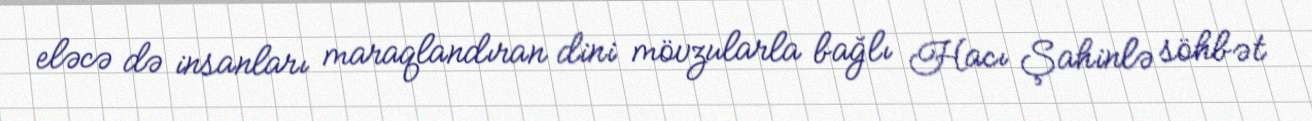
eləcə də insanları maraqlandıran dini mövzularla bağlı Hacı Şahinlə söhbət